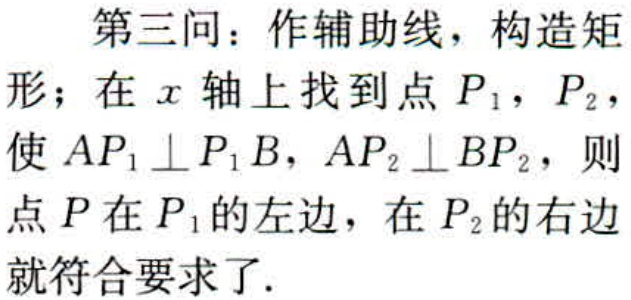
第三问：作辅助线，构造矩形；在 \(x\) 轴上找到点 \(P_{1}\)，\(P_{2}\)，使 \(AP_{1}\perp P_{1}B\)，\(AP_{2}\perp BP_{2}\)，则点 \(P\) 在 \(P_{1}\) 的左边，在 \(P_{2}\) 的右边就符合要求了.